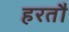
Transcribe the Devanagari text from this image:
हरतौ